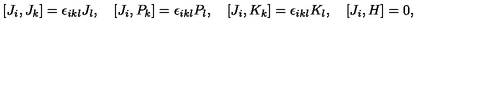
[ J _ { i } , J _ { k } ] = \epsilon _ { i k l } J _ { l } , \quad [ J _ { i } , P _ { k } ] = \epsilon _ { i k l } P _ { l } , \quad [ J _ { i } , K _ { k } ] = \epsilon _ { i k l } K _ { l } , \quad [ J _ { i } , H ] = 0 ,